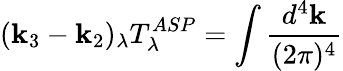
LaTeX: (\mathbf{k}_{3}-\mathbf{k}_{2})_{\lambda}T_{\lambda}^{ASP}=\int\frac{{d^{4}\mathbf{k}}}{{(2\pi)^{4}}}